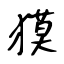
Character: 獏